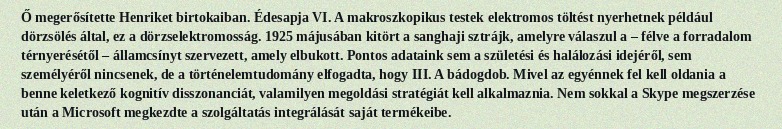
Ő megerősítette Henriket birtokaiban. Édesapja VI. A makroszkopikus testek elektromos töltést nyerhetnek például dörzsölés által, ez a dörzselektromosság. 1925 májusában kitört a sanghaji sztrájk, amelyre válaszul a – félve a forradalom térnyerésétől – államcsínyt szervezett, amely elbukott. Pontos adataink sem a születési és halálozási idejéről, sem személyéről nincsenek, de a történelemtudomány elfogadta, hogy III. A bádogdob. Mivel az egyénnek fel kell oldania a benne keletkező kognitív disszonanciát, valamilyen megoldási stratégiát kell alkalmaznia. Nem sokkal a Skype megszerzése után a Microsoft megkezdte a szolgáltatás integrálását saját termékeibe.